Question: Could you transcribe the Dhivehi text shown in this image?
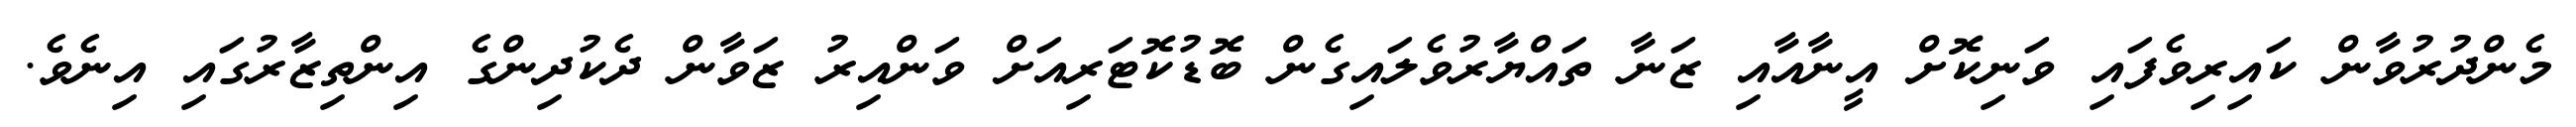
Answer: މެންދުރުވާން ކައިރިވެފައި ވަނިކޮށް އީނާއާއި ޒަނާ ތައްޔާރުވެލައިގެން ބޮޑުކޮޓަރިއަށް ވަންއިރު ޒަވާން ދެކުދިންގެ އިންތިޒާރުގައި އިނެވެ.